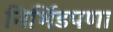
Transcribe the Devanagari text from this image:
निर्भिडपणा